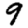
Digit: 9